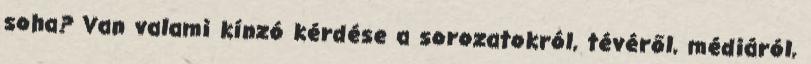
soha? Van valami kínzó kérdése a sorozatokról, tévéről, médiáról,